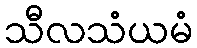
သီလသံယမံ